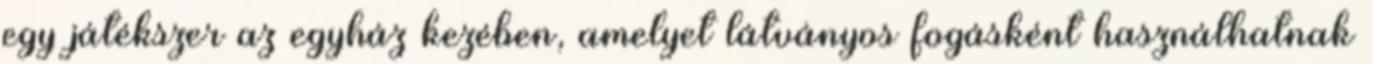
egy játékszer az egyház kezében, amelyet látványos fogásként használhatnak